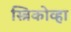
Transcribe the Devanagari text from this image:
स्त्रिकोव्हा